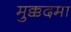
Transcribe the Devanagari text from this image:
मुक्कदमा